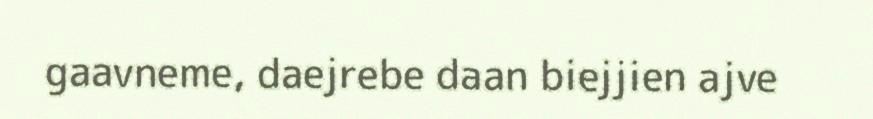
gaavneme, daejrebe daan biejjien ajve